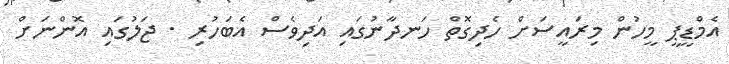
އެމްޑީޕީ މީހުން މިރައީސަށް ހެދިގޮތް ހަނދާނުގައި އަދިވެސް އެބަހުރި . ޖަލުގައި އޮންނަށް